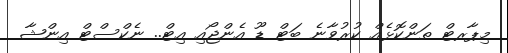
މިޕާރޓް ތަންކޮޅެއް ކުރުވާނެ ބަޓް ޑޫ އެންޖޯއި އިޓް.. ނެކްސްޓް އިންޝާ